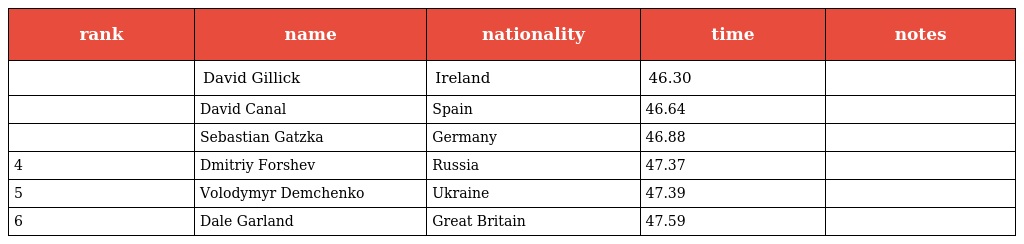
| rank | name | nationality | time | notes |
 | --- | --- | --- | --- | --- |
 |  | David Gillick | Ireland | 46.30 |  |
 |  | David Canal | Spain | 46.64 |  |
 |  | Sebastian Gatzka | Germany | 46.88 |  |
 | 4 | Dmitriy Forshev | Russia | 47.37 |  |
 | 5 | Volodymyr Demchenko | Ukraine | 47.39 |  |
 | 6 | Dale Garland | Great Britain | 47.59 |  |